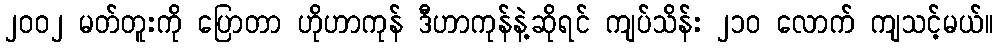
၂၀၀၂ မတ်တူးကို ပြောတာ ဟိုဟာကုန် ဒီဟာကုန်နဲ့ဆိုရင် ကျပ်သိန်း ၂၁၀ လောက် ကျသင့်မယ်။